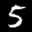
Label: 5